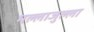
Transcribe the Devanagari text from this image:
मल्लाजुल्ला